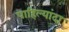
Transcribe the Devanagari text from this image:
पाहिल्यांदा